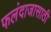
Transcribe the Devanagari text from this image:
फलंदाजासाठी